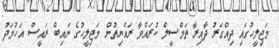
މަޖިލީހުގައި ދިއްގަރު ދާއިރާ ތަމްސީލް ކުރައްވާ ރައްޔިތުން މަޖިލީހުގެ ނައިބް ރައީސް އަހުމަދު